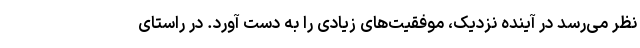
نظر می‌رسد در آینده نزدیک، موفقیت‌های زیادی را به دست آورد. در راستای